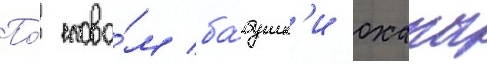
По́ слова́м ба́бушк'и оханы